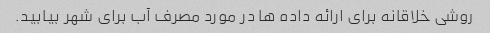
روشی خلاقانه برای ارائه داده ها در مورد مصرف آب برای شهر بیابید.